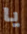
يا